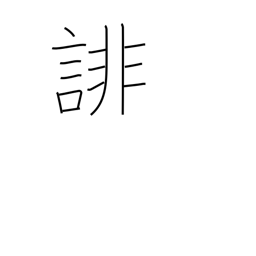
Meaning: slander